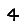
Digit: 4